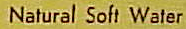
Natural Soft Water